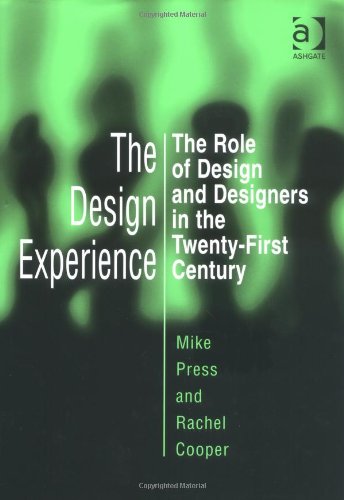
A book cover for The Design Experience: The Role of Design and Designers in the Twenty-First Century; Mike Press; Business & Money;